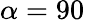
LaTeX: \alpha=90